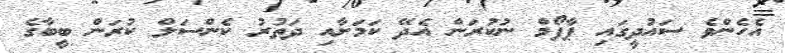
އެހެންވެ ސައުދީގައި ޕާފޯމް ނުކުރަން އެދޭ ކަމަށާއި ދަތުރު ކެންސަލް ކުރަން ބީބާގެ